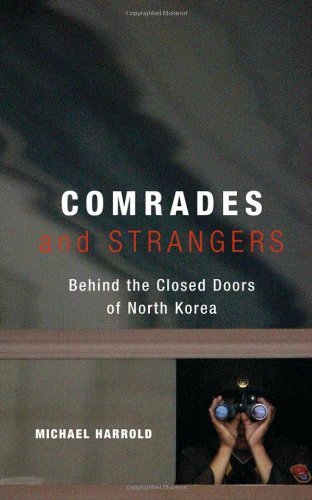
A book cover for Comrades and Strangers: Behind the Closed Doors of North Korea (Travel: General) by Harrold, Michael (2004) Paperback; Travel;